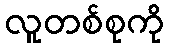
လူတစ်စုကို